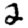
Digit: 2